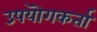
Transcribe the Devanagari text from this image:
उपयॊगकर्ता